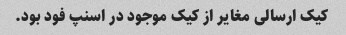
کیک ارسالی مغایر از کیک موجود در اسنپ فود بود.